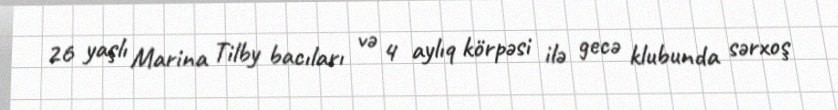
26 yaşlı Marina Tilby bacıları və 4 aylıq körpəsi ilə gecə klubunda sərxoş